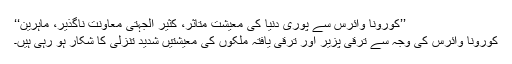
’’کورونا وائرس سے پوری دنیا کی معیشت متاثر، کثیر الجہتی معاونت ناگذیر، ماہرین‘‘
کورونا وائرس کی وجہ سے ترقی پزیر اور ترقی یافتہ ملکوں کی معیشتیں شدید تنزلی کا شکار ہو رہی ہیں۔